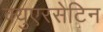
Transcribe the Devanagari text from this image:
क्युएरसेटिन